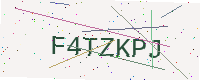
Text: F4TZKPJ